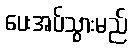
ပေးအပ်သွားမည်